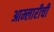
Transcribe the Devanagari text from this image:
आम्लारीची